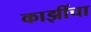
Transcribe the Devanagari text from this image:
काझींचा